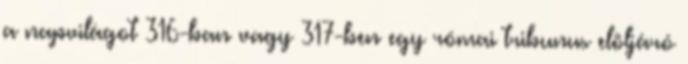
a napvilágot 316-ban vagy 317-ben egy római tribunus elöljáró